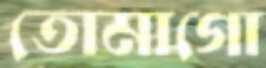
তোমাগো